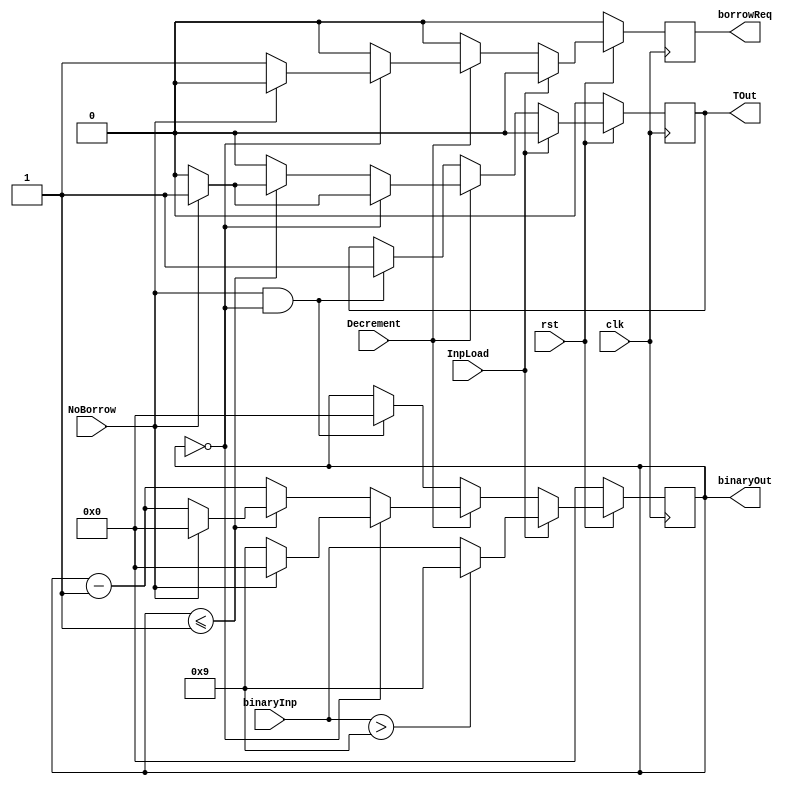
// Course Number: ECE6370
//Name : Parshi Srinidhi, 8179
//Digit Timer module
//Trial #1, 3/19/19

module SingleDigitTimer (clk, rst, binaryInp, InpLoad,NoBorrow, Decrement, binaryOut, borrowReq, TOut);
input clk, rst;
input [3:0] binaryInp;
input InpLoad;
input NoBorrow, Decrement;

output [3:0] binaryOut;
output borrowReq, TOut;
	
reg [3:0] binaryOut;
reg borrowReq, TOut;
	
always@(posedge clk)
	begin
	if(rst==0)
		begin
		binaryOut <=4'b0000;
		borrowReq <=0;
		TOut <=0;
		end 
	else 
		begin
		if(InpLoad==1)
			begin 
			borrowReq<=0;
			TOut<=0;
			if(binaryInp > 4'b1001)
				begin 
				binaryOut<=4'b1001;
				end
			else
				begin
				binaryOut<=binaryInp;
				end 
			end
		else 		
			begin
			if(Decrement==1)
				begin
				if(binaryOut==4'b0000)
					begin
					if(NoBorrow==0)
						begin
						binaryOut<=4'b1001;
						borrowReq<=1;
						TOut<=0;
						end
					else 
						begin
						binaryOut<=4'b0000;
						borrowReq<=0;
						TOut<=1;
						end
					end  
				else if (binaryOut<=4'b0001)
					begin
					if(NoBorrow==1)
						begin
						binaryOut<=4'b0000;
						borrowReq<=0;
						TOut<=1;
						end
					else
						begin 
						binaryOut<=binaryOut-1;
						borrowReq<=0;
						TOut<=0;
						end
					end
				else
					begin
					binaryOut<=binaryOut-1;
					borrowReq<=0;
					TOut<=0;
					end 
				end
			else
				begin
                               		if( NoBorrow == 1 && binaryOut == 0 )
					    	begin
						binaryOut <= 0;
						TOut <= 1;
						borrowReq <= 0;
					    	end	
                              		else
                                      		begin
						TOut <= TOut;
						binaryOut <= binaryOut;
						borrowReq <= 0;	
                                       		end
				end
			end //end of else block of InpLoad==1// 
		end //else of rst end
	end // always end
endmodule